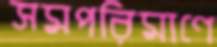
সমপরিমাণে